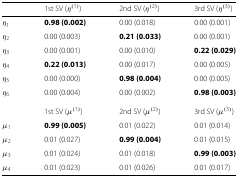
<table><thead><tr><td></td><td><b>1st SV (<i>η</i><sup>(1)</sup>)</b></td><td><b>2nd SV (<i>η</i><sup>(2)</sup>)</b></td><td><b>3rd SV (<i>η</i><sup>(3)</sup>)</b></td></tr></thead><tbody><tr><td><i>η</i><sub>1</sub></td><td><b>0.98 (0.002)</b></td><td>0.00 (0.018)</td><td>0.00 (0.001)</td></tr><tr><td><i>η</i><sub>2</sub></td><td>0.00 (0.003)</td><td><b>0.21 (0.033)</b></td><td>0.00 (0.001)</td></tr><tr><td><i>η</i><sub>3</sub></td><td>0.00 (0.001)</td><td>0.00 (0.010)</td><td><b>0.22 (0.029)</b></td></tr><tr><td><i>η</i><sub>4</sub></td><td><b>0.22 (0.013)</b></td><td>0.00 (0.017)</td><td>0.00 (0.005)</td></tr><tr><td><i>η</i><sub>5</sub></td><td>0.00 (0.000)</td><td><b>0.98 (0.004)</b></td><td>0.00 (0.005)</td></tr><tr><td><i>η</i><sub>6</sub></td><td>0.00 (0.004)</td><td>0.00 (0.002)</td><td><b>0.98 (0.003)</b></td></tr><tr><td></td><td>1st SV (<i>μ</i><sup>(1)</sup>)</td><td>2nd SV (<i>μ</i><sup>(2)</sup>)</td><td>3rd SV (<i>μ</i><sup>(3)</sup>)</td></tr><tr><td><i>μ</i><sub>1</sub></td><td><b>0.99 (0.005)</b></td><td>0.01 (0.022)</td><td>0.01 (0.014)</td></tr><tr><td><i>μ</i><sub>2</sub></td><td>0.01 (0.027)</td><td><b>0.99 (0.004)</b></td><td>0.01 (0.015)</td></tr><tr><td><i>μ</i><sub>3</sub></td><td>0.01 (0.024)</td><td>0.01 (0.018)</td><td><b>0.99 (0.003)</b></td></tr><tr><td><i>μ</i><sub>4</sub></td><td>0.01 (0.023)</td><td>0.01 (0.026)</td><td>0.01 (0.017)</td></tr></tbody></table>